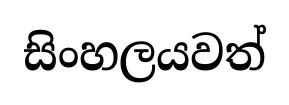
සිංහලයවත්